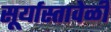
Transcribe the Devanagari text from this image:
सूर्यास्तावेळी